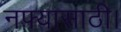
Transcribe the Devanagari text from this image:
नफ्यासाठी।